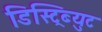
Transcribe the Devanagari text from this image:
डिस्ट्रिब्युट